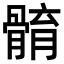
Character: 𩩣